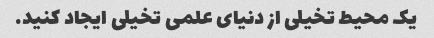
یک محیط تخیلی از دنیای علمی تخیلی ایجاد کنید.